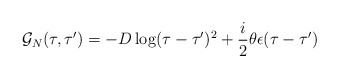
\begin{align*}{\cal G}_N(\tau,\tau')=-D \log (\tau -\tau')^2 +\frac i2 \theta\epsilon (\tau -\tau') \end{align*}